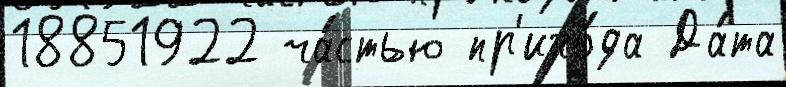
18851922 ча́стью пр'ихо́да Да́та